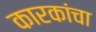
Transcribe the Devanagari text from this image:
कारकांचा